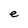
Character: e